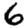
Digit: 6